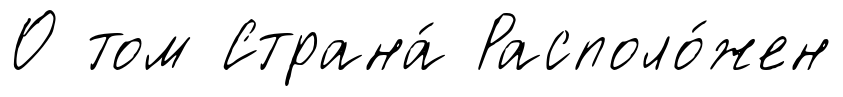
О том Страна́ Располо́жен